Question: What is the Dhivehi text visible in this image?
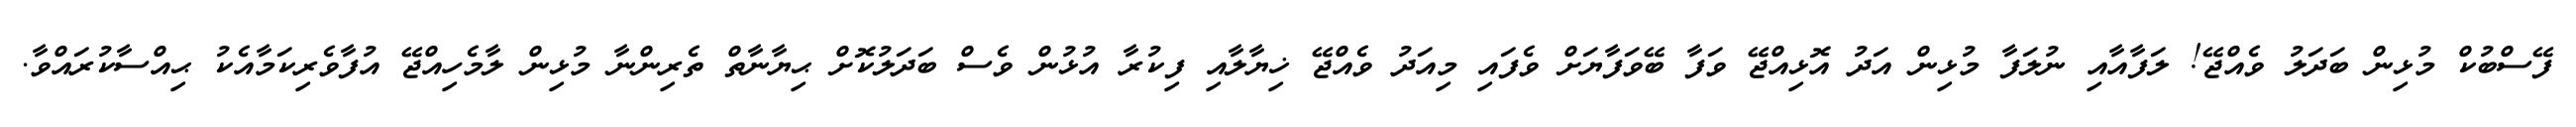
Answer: ފޭސްބުކް މުޅިން ބަދަލު ވެއްޖޭ! ލަފާއާއި ނުލަފާ މުޅިން އަދު އޮޅިއްޖޭ ވަފާ ބޭވަފާޔަށް ވެފައި މިއަދު ވެއްޖޭ ޚިޔާލާއި ފިކުރާ އުޅުން ވެސް ބަދަލުކޮށް ޙިޔާނާތް ތެރިންނާ މުޅިން ލާމެހިއްޖޭ އުފާވެރިކަމާއެކު ޙިއްސާކުރައްވާ.